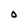
Character: O